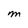
Character: M